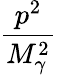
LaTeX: \frac{p^{2}}{M_{\gamma}^{2}}